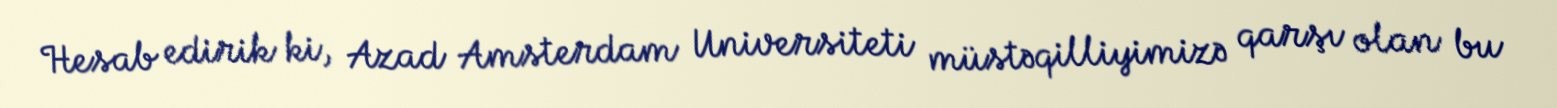
Hesab edirik ki, Azad Amsterdam Universiteti müstəqilliyimizə qarşı olan bu